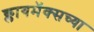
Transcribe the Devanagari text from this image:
क्लायमॅक्सच्या